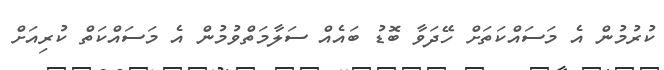
ކުރުމުން އެ މަސައްކަތަށް ހޭދަވާ ބޮޑު ބައެއް ސަލާމަތްވުމުން އެ މަސައްކަތް ކުރިއަށް